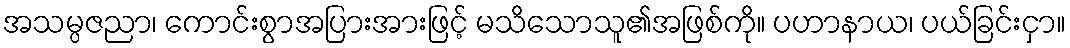
အသမ္ပဇညာ၊ ကောင်းစွာအပြားအားဖြင့် မသိသောသူ၏အဖြစ်ကို။ ပဟာနာယ၊ ပယ်ခြင်းငှာ။